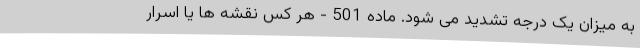
به میزان یک درجه تشدید می ‌شود. ماده 501 - هر کس نقشه‌ ها یا اسرار